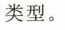
类型。